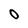
Character: O